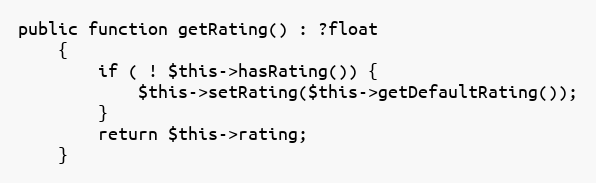
Language: PHP
public function getRating() : ?float
    {
        if ( ! $this->hasRating()) {
            $this->setRating($this->getDefaultRating());
        }
        return $this->rating;
    }